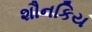
શૌનકિય